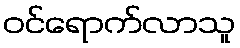
ဝင်ရောက်လာသူ